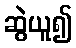
ဆွဲယူ၍